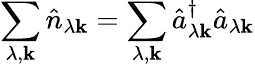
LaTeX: \sum_{\lambda,\mathbf{k}}\hat{{n}}_{\lambda\mathbf{k}}=\sum_{\lambda,\mathbf{k}}\hat{{a}}_{\lambda\mathbf{k}}^{\dagger}\hat{{a}}_{\lambda\mathbf{k}}